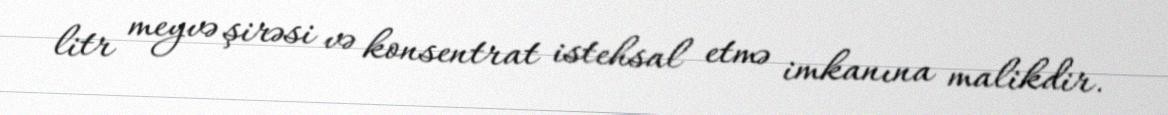
litr meyvə şirəsi və konsentrat istehsal etmə imkanına malikdir.